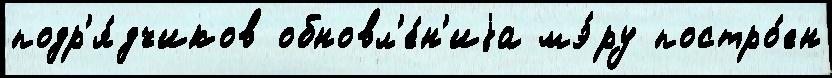
подр'я́дчиков обновл'е́н'иjа мэ́ру постро́ен